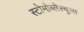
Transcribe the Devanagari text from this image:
स्टोमोब्लैस्चुला